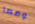
ومما